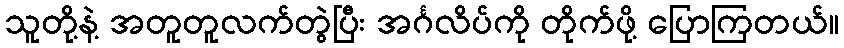
သူတို့နဲ့ အတူတူလက်တွဲပြီး အင်္ဂလိပ်ကို တိုက်ဖို့ ပြောကြတယ်။